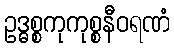
ဥဒ္ဓစ္စကုကုစ္စနီဝရဏံ